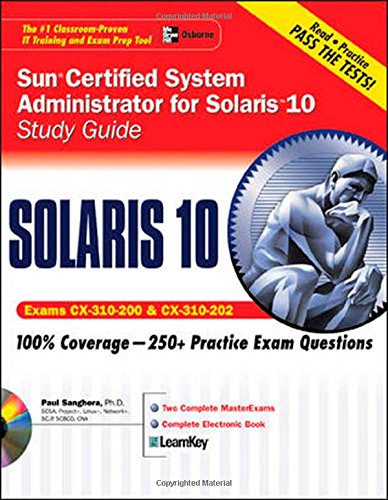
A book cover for Sun (R) Certified System Administrator for Solaris (TM) 10 Study Guide (Exams 310-200 & 310-202); Paul Sanghera; Computers & Technology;